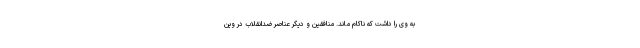
به وی را داشت که ناکام ماند. منافقین و دیگر عناصر ضدانقلاب در وین